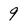
Character: 9